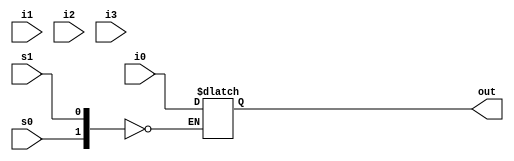
//Structural model:
//Shift register

//mux
module mux(out,s0,s1,i0,i1,i2,i3);
    input s1,s0,i0,i1,i2,i3;
    output reg out;
  
  always @ (*)
    begin 
      case({s0,s1})
        2'b00: out=i0;
        2'b00: out=i0;
        2'b00: out=i0;
        2'b00: out=i0;
      endcase
    end
endmodule

//Dflipflop
module dff(q,din,clk,clear);
  input din,clk,clear;
  output reg q;
  always @ (posedge clk)
      begin 
        if(clear ==1)
          q<=1'b0;
        else
          q<=din;
      end
endmodule

module USR(out,in,s,clk,reset,sir,sil);
  input [3:0] in;
  input [1:0] s;
  input clk;
  input reset,sil,sir;
  output [3:0] out;
  wire [3:0]w;
  
  
  mux m0(w[0],s[1],s[0],in[0],sil,out[1],out[0]);
  mux m1(w[1],s[1],s[0],in[1],out[0],out[2],out[1]);
  mux m2(w[2],s[1],s[0],in[2],out[1],out[3],out[2]);
  mux m3(w[3],s[1],s[0],in[3],out[2],sir,out[3]);
  
  dff d0(out[0],w[0],clk,reset);
  dff d1(out[1],w[1],clk,reset);
  dff d2(out[2],w[2],clk,reset);
  dff d3(out[3],w[3],clk,reset);
endmodule  


//Behavioral:

module usr_shift(input clk, input rst, input[1:0]s,input [3:0]din,input sin, output reg [3:0]q);
  always @ (posedge clk, posedge rst)
    begin
      if (rst)
        q<=4'b0000;
      else if (s==2'b01) //Shift Right
        q<={sin,q[2:0]};
      else if (s==2'b10) //Shift Left
        q<={q[3:1],sin};
      else if (s==2'b11)
        q<=din;
    end
endmodule